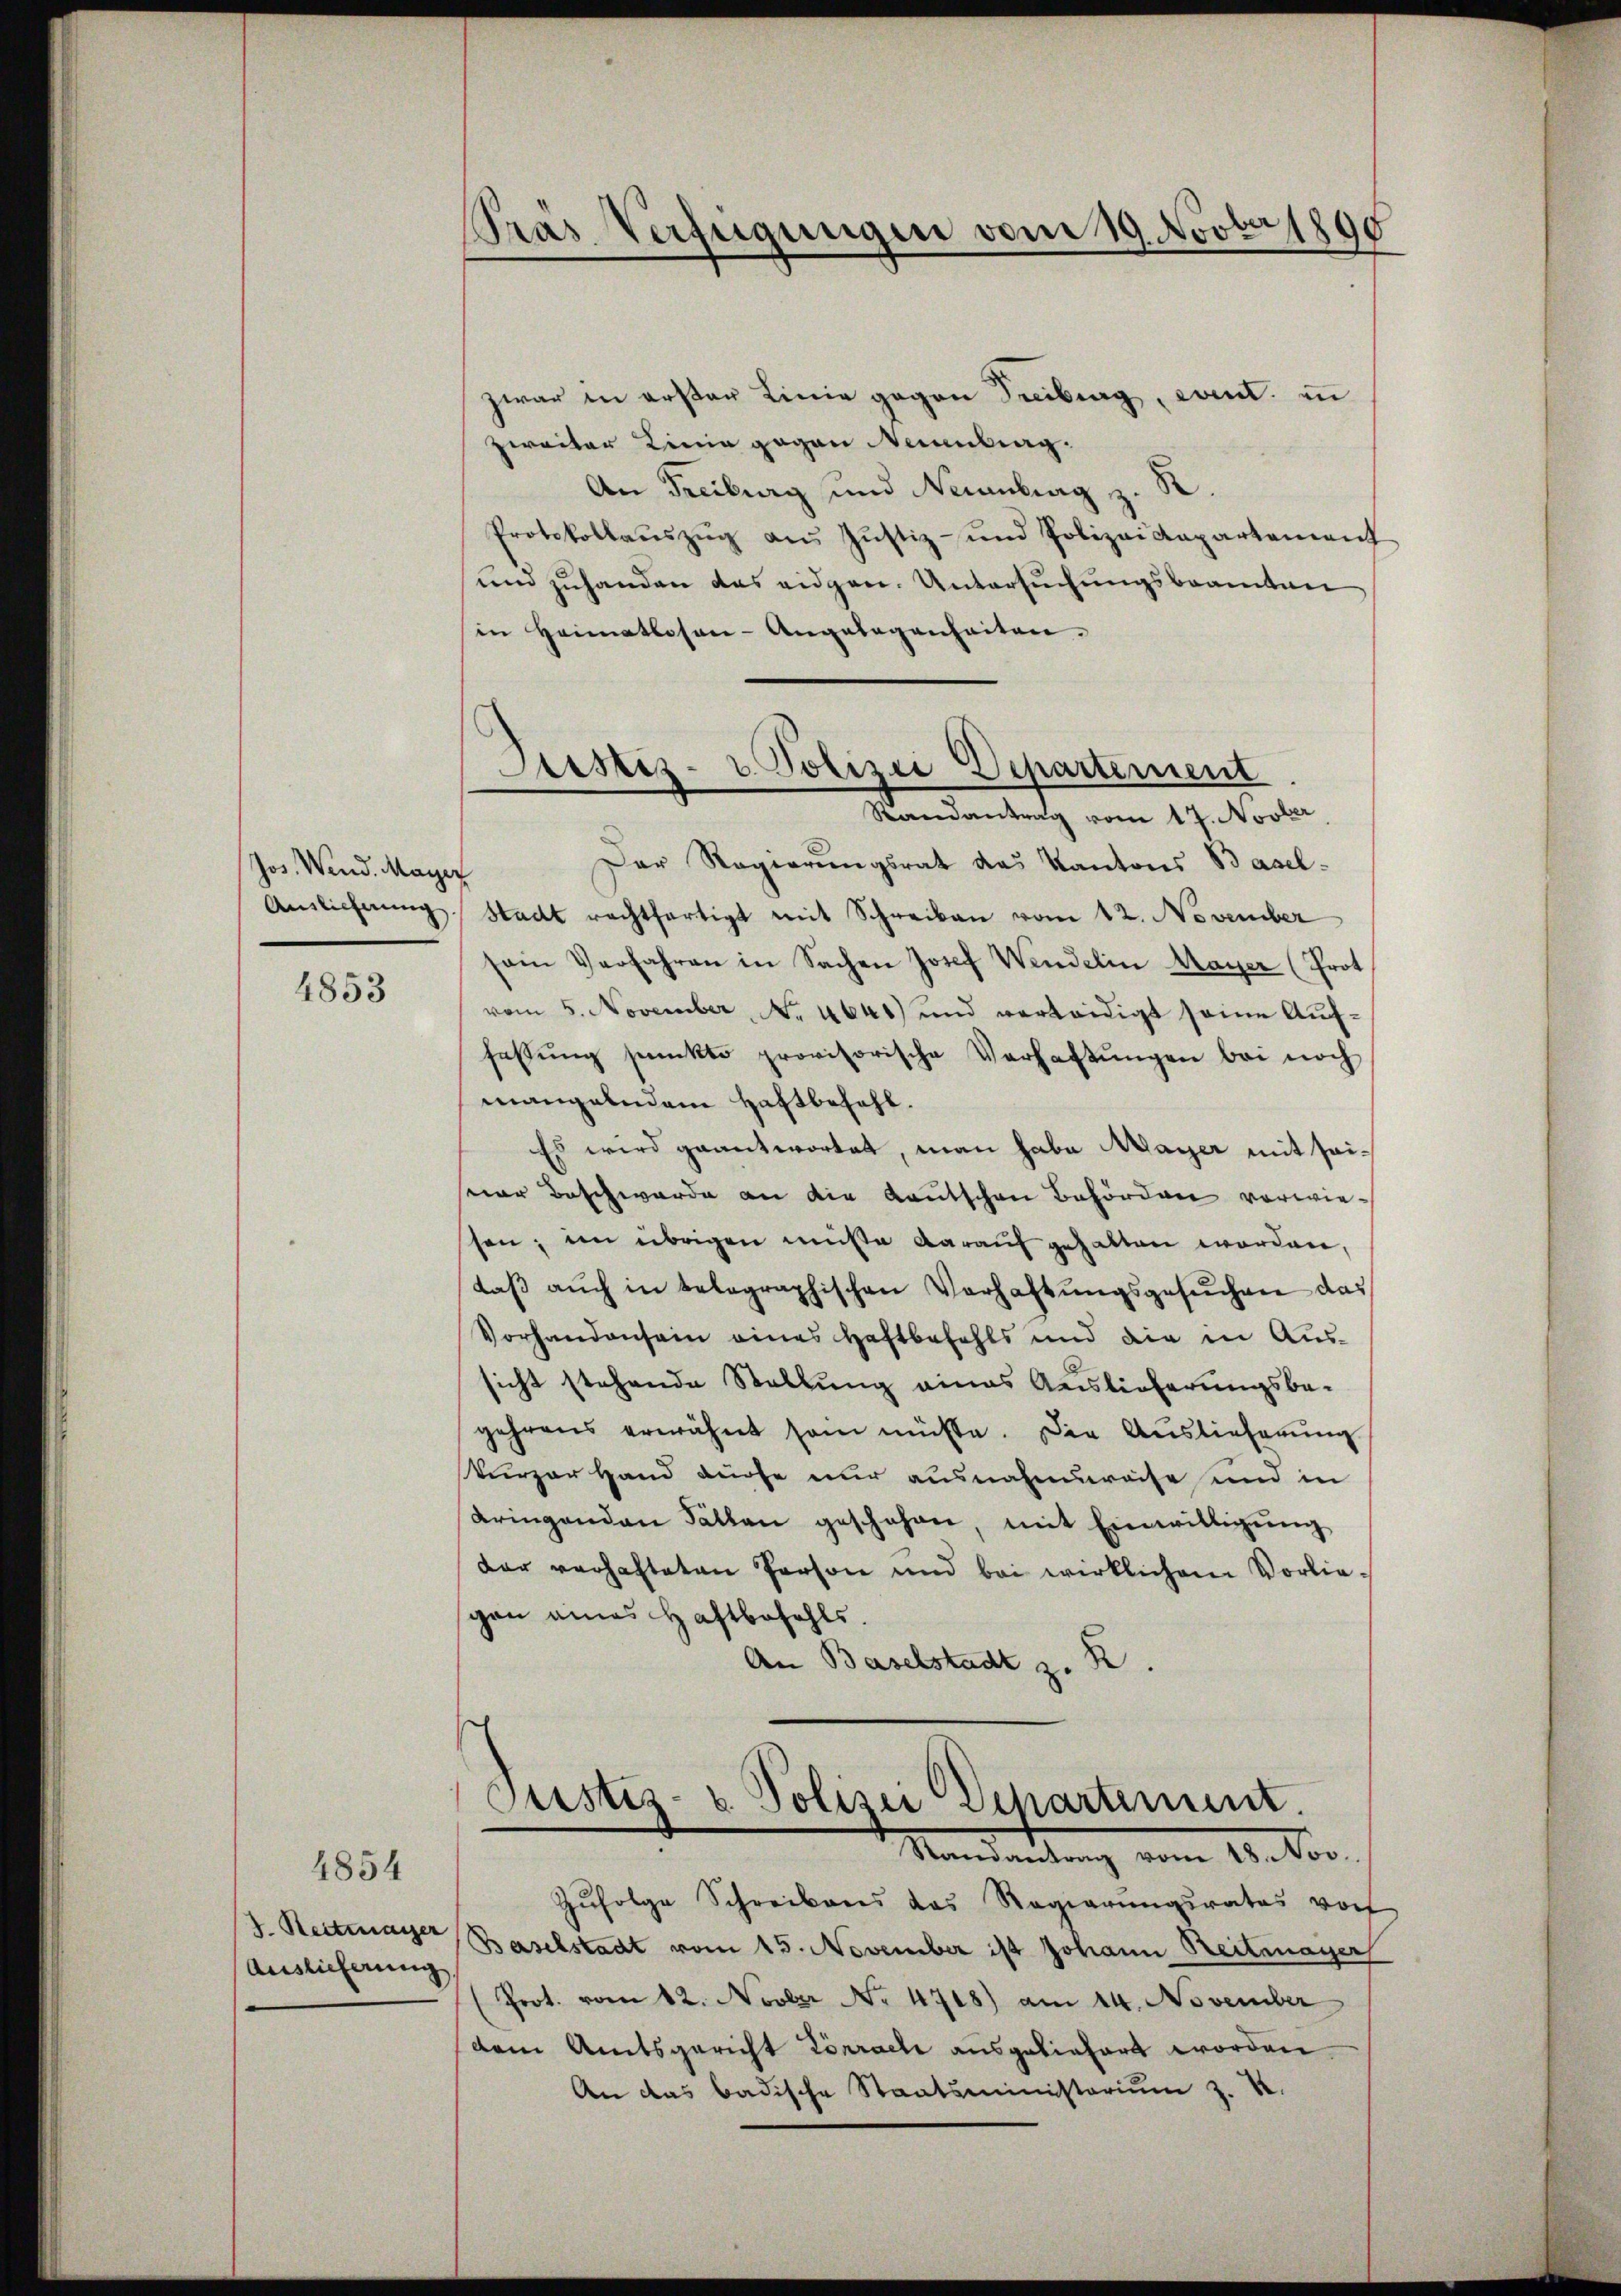
Jos. Wend. Mayer

4853

4854

V. Reitmaier
Auslieferung

zwar in erster Linie gegen Treiburg, cit. in
zweiter Linie gegen Neuenburg.
An Freiburg und Neuenburg z. R.
Protokollaŭszŭg aŭs Jŭstiz- und Polizei Kapartement
und zuhanden das eidgen. Untersuchungsbeamten
in Heimatlosen-Angelegenheiten.
Der Regierungsrat das Kantons Basel-
Auslieferŭng Stadt rechtfertigt mit Schreiben vom 12. November
sein Verfahren in Sachen Josef Wendelin Mayer (Prot
vom 5. November, No. 441) und verleidigt seine Auffassŭng pŭnkto provisorische Verhaltŭngen bei noch
mangelndem Haftbefehl.
Es wird geantwortet, man habe Mayer mit seispar Beschwerde an die Kautschen Behörden vorwieshen; im übrigen müße darauf gehalten worden,
daβ aŭch in belegraphischen Verhaltŭngsgesŭchen das
Vorhandensein eines Haftbefehls und die in Aussicht stehende Stellung eines Auslieferungsbe-
gehrens erwähnt sein müsse. Die Auslieferŭng
kurzer Hand dürfe nur ausnahmsweise und in
dringenden Fällen geschehen, mit Einwilligŭng
der verhafteten Person und bei wirklichem Vorlieschon eines Haftbefehls.
An Baselstadt z. B.

Pras Verfügungen vom 19. Novbr 1890

Justiz- u. Polizei Departement
Randantrag vom 17. Novber

Justiz- & Polizei Departement.
Mandandung vom 11. Vor

Zŭfolge Schreibens das Regierŭngsrates vor
Baselstadt vom 15. November ist Johann Reitmayer
Prot. vom 12. Novber No. 4718) am 14. November
dem Amtsgericht Lörrache ausgeliefert worden.
An das badische Staatsministerium z. K